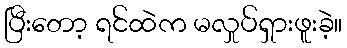
ပြီးတော့ ရင်ထဲက မလှုပ်ရှားဖူးခဲ့။